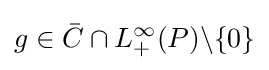
g\in {\bar {C}}\cap L_{+}^{\infty }(P)\backslash \{0\}